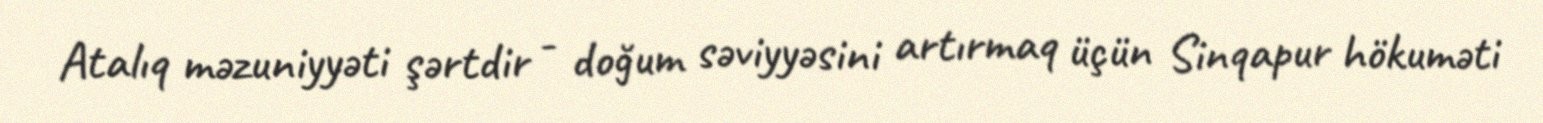
Atalıq məzuniyyəti şərtdir - doğum səviyyəsini artırmaq üçün Sinqapur hökuməti